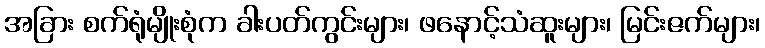
အခြား စက်ရုံမျိုးစုံက ခါးပတ်ကွင်းများ၊ ဖနောင့်သံဆူးများ၊ မြင်းဇက်များ၊